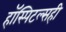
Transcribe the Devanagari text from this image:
हॉस्पिटल्सही